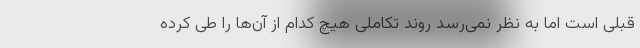
قبلی است اما به نظر نمی‌رسد روند تکاملی هیچ‌ کدام از آن‌ها را طی کرده